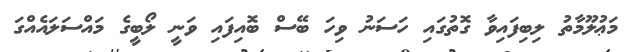
މަޢުލޫމާތު ލިބިފައިވާ ގޮތުގައި ހަސަނު ވިހަ ބޭސް ބޮއިފައި ވަނީ ލޯބީގެ މައްސަލައެއްގަ